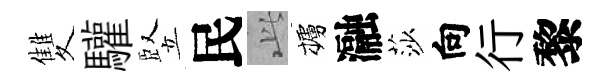
雙驩竪民𬼘櫨瀜莎向行黎